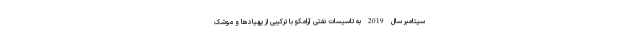
سپتامبر سال 2019 به تاسیسات نفتی آرامکو با ترکیبی از پهپادها و موشک